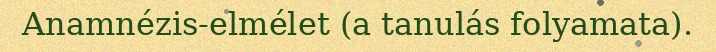
Anamnézis-elmélet (a tanulás folyamata).